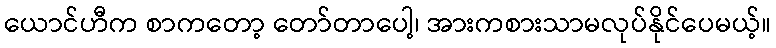
ယောင်ဟီက စာကတော့ တော်တာပေါ့၊ အားကစားသာမလုပ်နိုင်ပေမယ့်။